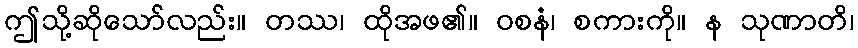
ဤသို့ဆိုသော်လည်း။ တဿ၊ ထိုအဖ၏။ ဝစနံ၊ စကားကို။ န သုဏာတိ၊